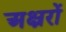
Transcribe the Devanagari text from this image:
अक्ष्ररों